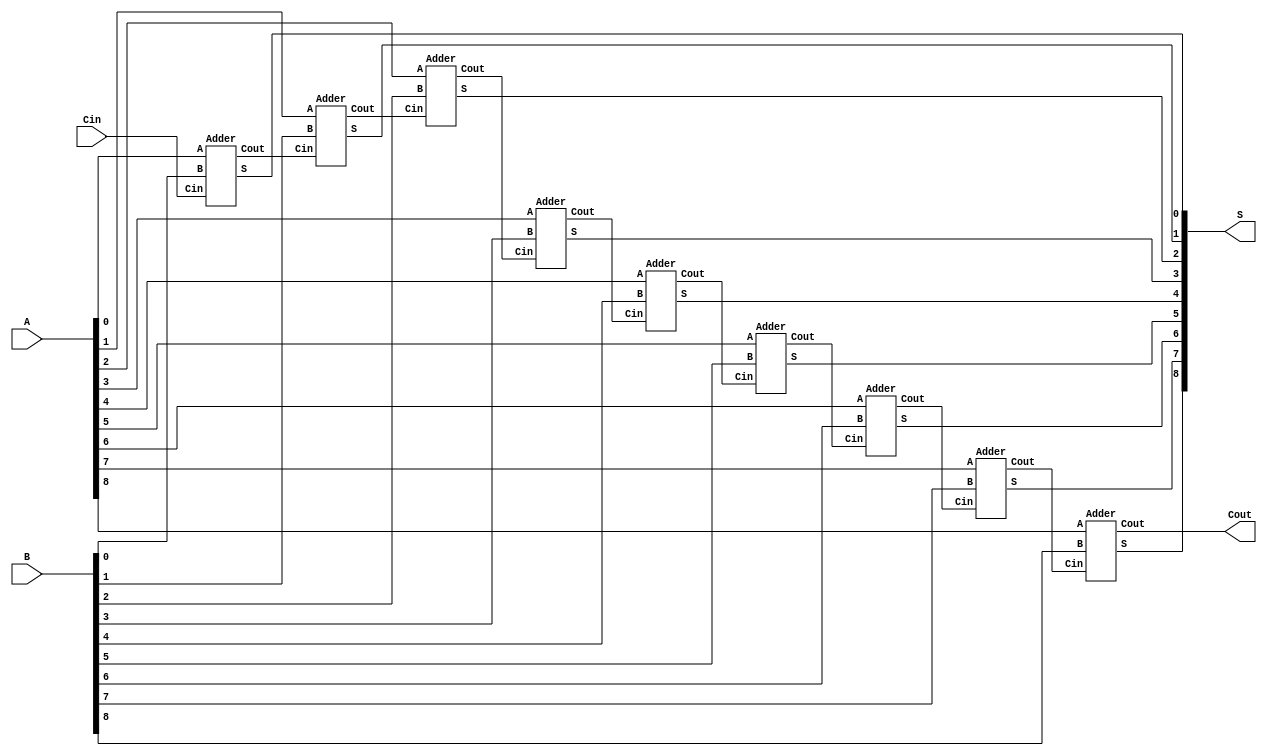
// vim: set filetype=verilog:
// 9-bit Adder: A + B = S
module FullAdder(A, B, Cin, S, Cout);
	input  [8:0] A, B;
	input  Cin;
	output [8:0] S;
	output Cout;
	wire   [7:0] T;
	Adder A0(A[0], B[0],  Cin, S[0], T[0]);
	Adder A1(A[1], B[1], T[0], S[1], T[1]);
	Adder A2(A[2], B[2], T[1], S[2], T[2]);
	Adder A3(A[3], B[3], T[2], S[3], T[3]);
	Adder A4(A[4], B[4], T[3], S[4], T[4]);
	Adder A5(A[5], B[5], T[4], S[5], T[5]);
	Adder A6(A[6], B[6], T[5], S[6], T[6]);
	Adder A7(A[7], B[7], T[6], S[7], T[7]);
	Adder A8(A[8], B[8], T[7], S[8], Cout);
endmodule
// 1-bit Adder: A + B = S
module Adder(A, B, Cin, S, Cout);
	input  A, B, Cin;
	output S, Cout;
	assign S = Cin ^ A ^ B;
	assign Cout = (A & B) | (Cin & B) | (Cin & A);
endmodule